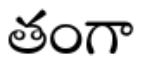
తంగా